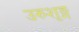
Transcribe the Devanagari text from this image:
उरुशृङ्ग